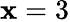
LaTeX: \mathbf{x}=3